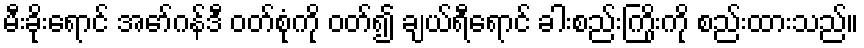
မီးခိုးရောင် အော်ဂန်ဒီ ဝတ်စုံကို ဝတ်၍ ချယ်ရီရောင် ခါးစည်းကြိုးကို စည်းထားသည်။